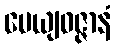
ပေယျဝဇ္ဇာနံ